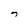
Character: 7